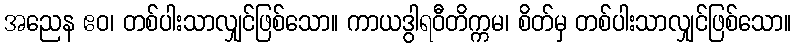
အညေန ဧဝ၊ တစ်ပါးသာလျှင်ဖြစ်သော။ ကာယဒွါရဝီတိက္ကမ၊ စိတ်မှ တစ်ပါးသာလျှင်ဖြစ်သော။